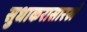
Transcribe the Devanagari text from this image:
सुधाकरासारखे